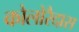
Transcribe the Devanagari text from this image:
कोलोरैदास